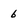
Character: 6